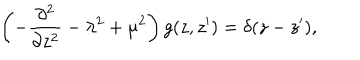
LaTeX: \left( - { \frac { \partial ^ { 2 } } { \partial z ^ { 2 } } } - \lambda ^ { 2 } + \mu ^ { 2 } \right) g ( z , z ^ { \prime } ) = \delta ( z - z ^ { \prime } ) ,